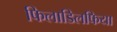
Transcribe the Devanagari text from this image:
फिलाडिलफिया